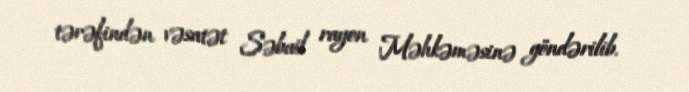
tərəfindən vəsatət Səbail rayon Məhkəməsinə göndərilib.